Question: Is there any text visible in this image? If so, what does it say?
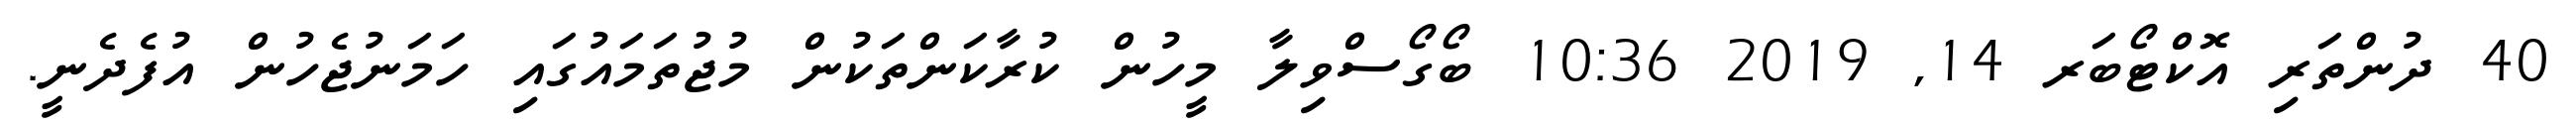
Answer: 40 ދުންތަރި އޮކްޓޯބަރ 14, 2019 10:36 ބޯގޯސްވިލާ މީހުން ކުރާކަންތަކުން މުޖުތަމައުގައި ހަމަނުޖެހުން އުފެދެނީ.